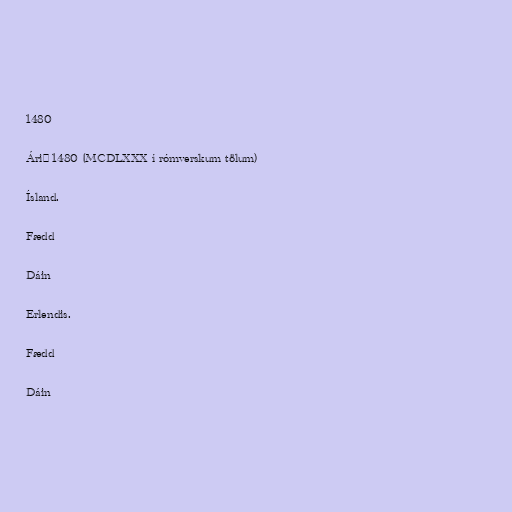
1480

Árið 1480 (MCDLXXX í rómverskum tölum)

Ísland.

Fædd

Dáin

Erlendis.

Fædd

Dáin